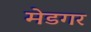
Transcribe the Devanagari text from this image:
मेडगर